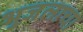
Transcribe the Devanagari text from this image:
भुजलाचा